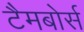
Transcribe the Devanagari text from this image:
टैमबोर्स